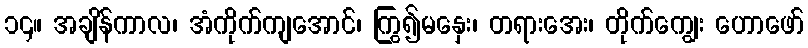
၁၄။ အချိန်ကာလ၊ အံကိုက်ကျအောင်၊ ကြွ၍မနှေး၊ တရားအေး၊ တိုက်ကျွေး ဟောဖော်